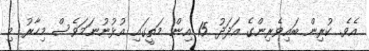
އެވެ. ކުރިން ބައިވެރިންގެ އަދަދު 15 އިން މަތީގައި އުޅުނުނަމަވެސް މިހާރު މި